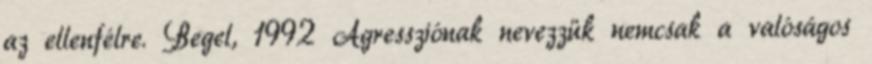
az ellenfélre. Begel, 1992 Agressziónak nevezzük nemcsak a valóságos